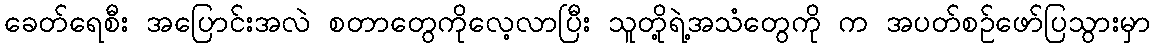
ခေတ်ရေစီး အပြောင်းအလဲ စတာတွေကိုလေ့လာပြီး သူတို့ရဲ့အသံတွေကို က အပတ်စဉ်ဖော်ပြသွားမှာ